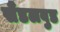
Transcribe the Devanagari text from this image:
सैंडलवुड